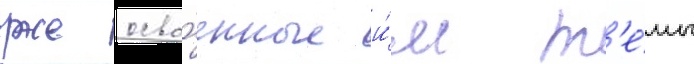
уже осво́енные и́м т'е́мы